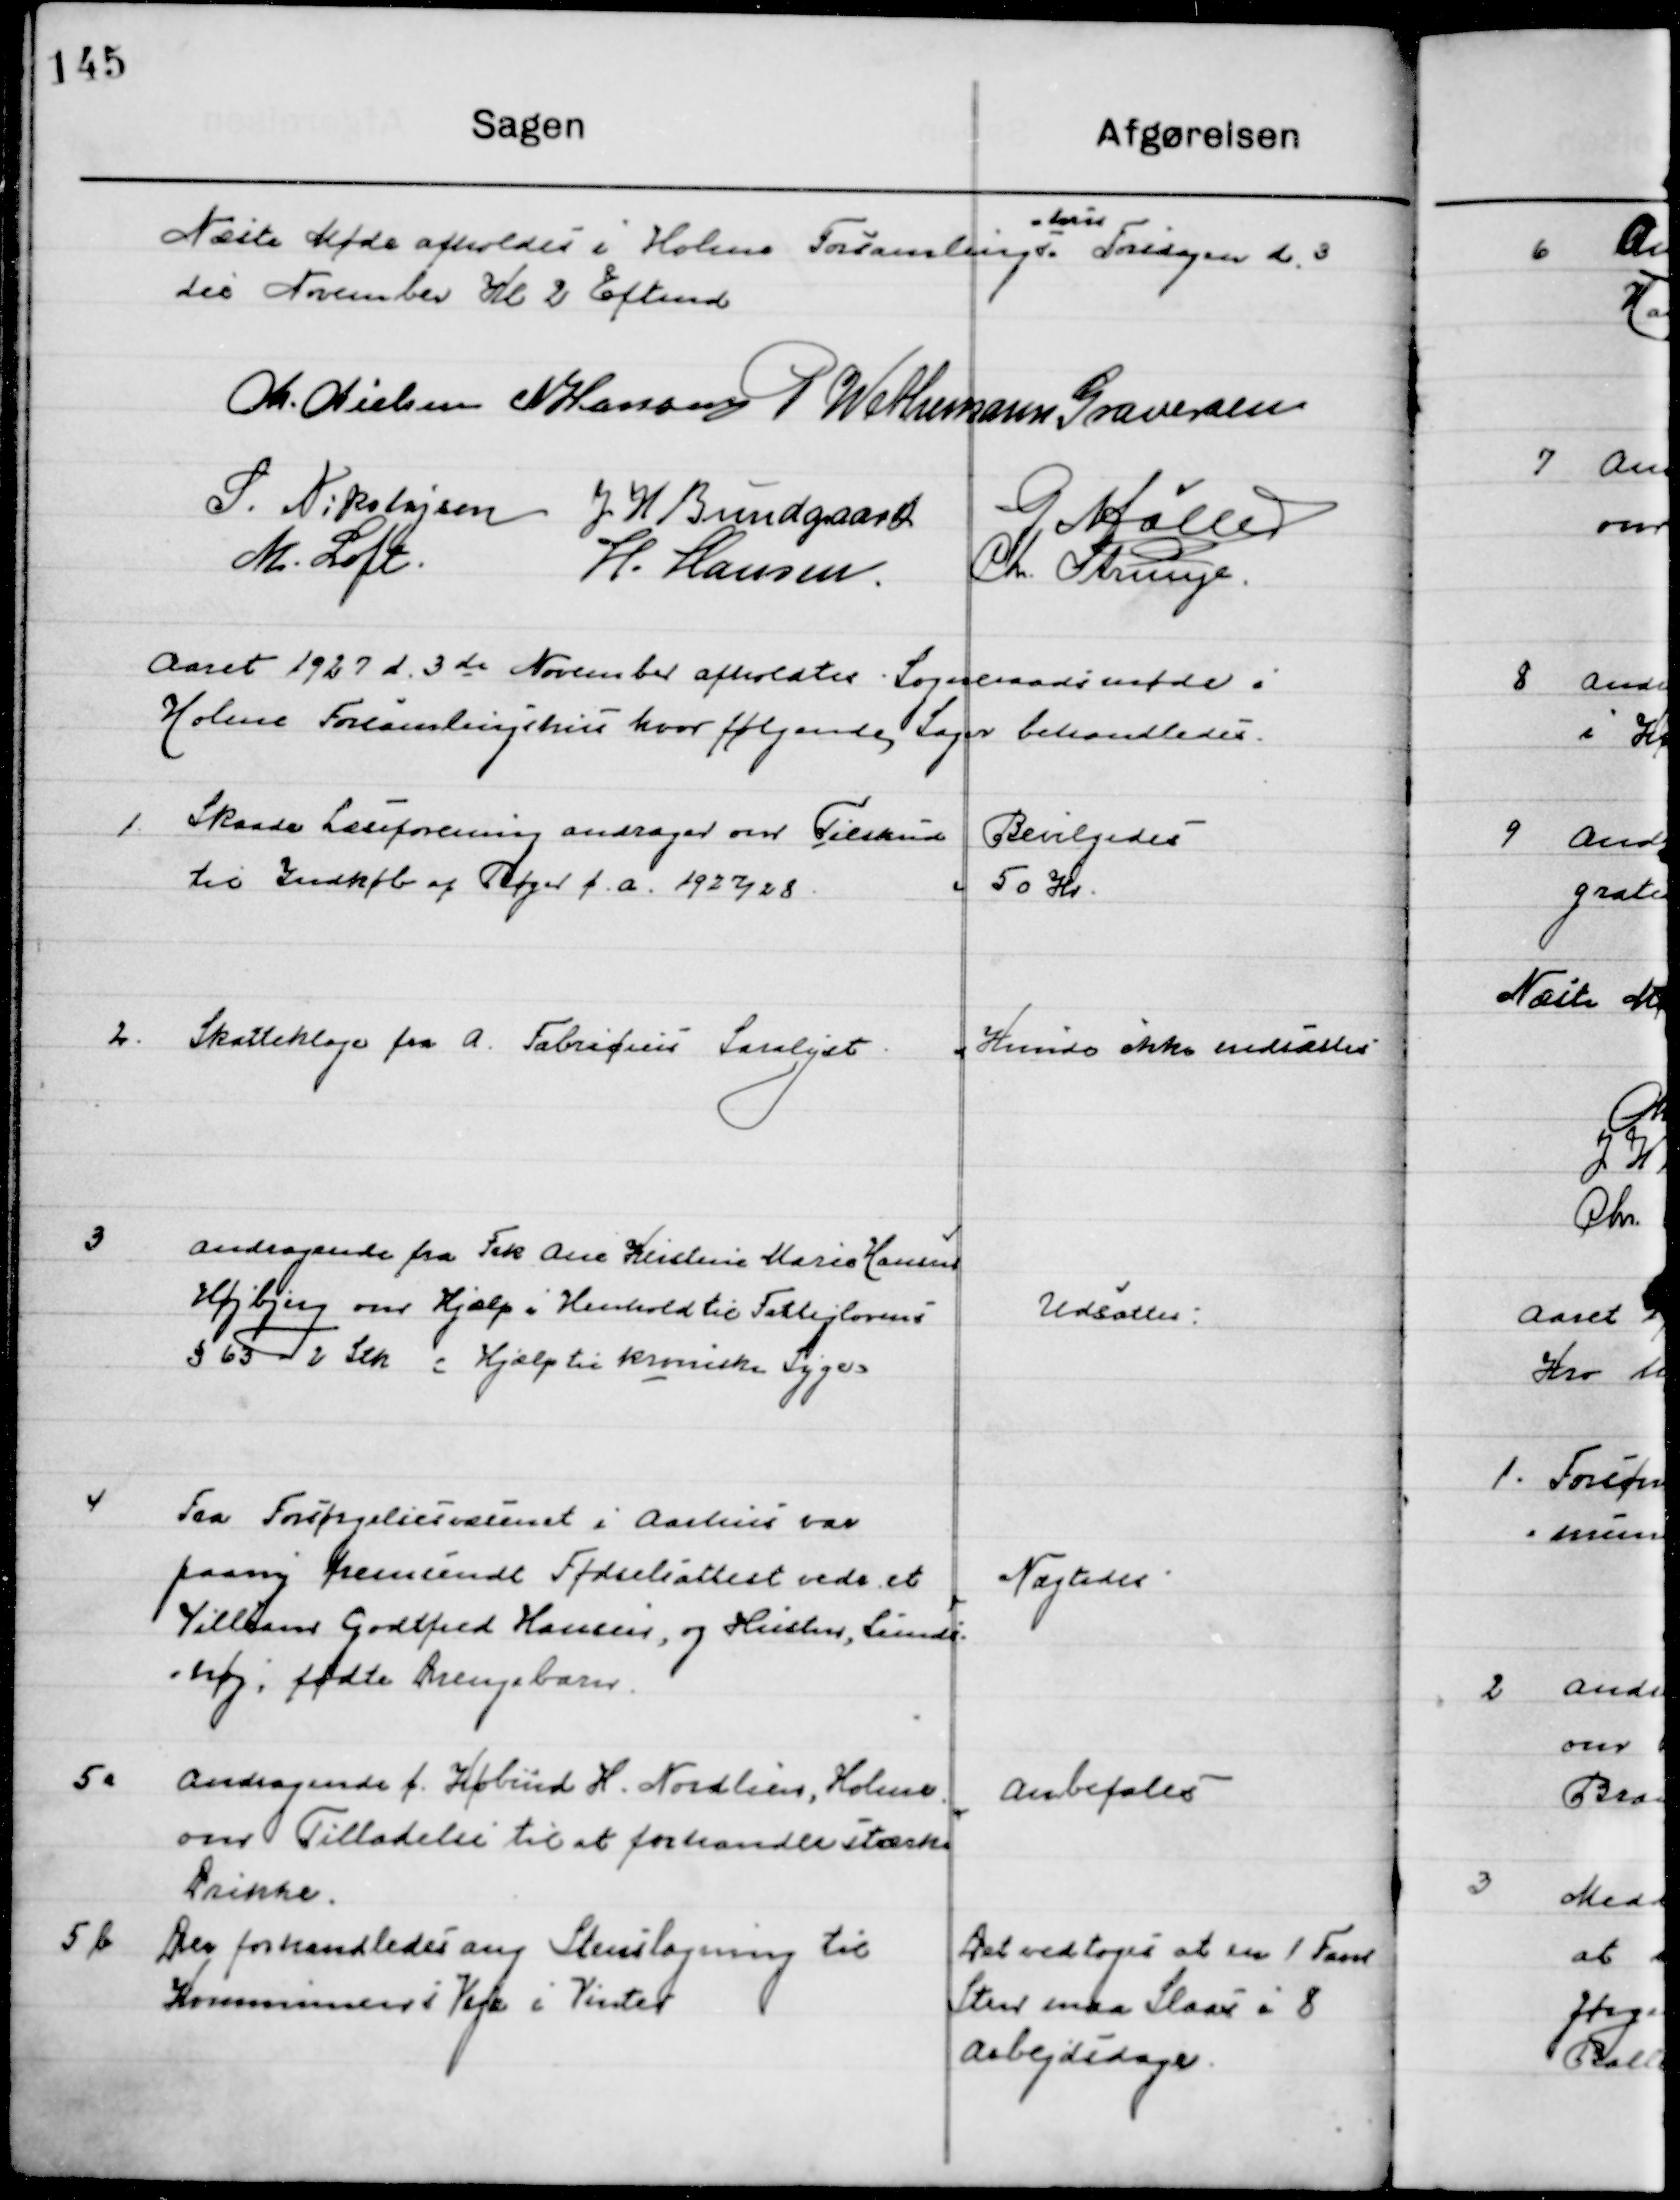
Transskription:
Næste Møde afholdes i Holme Forsamlings-
hus 
Torsdag d. 3
die November Kl. 2 Eftemd.

M. Nielsen
N. Hansen
P. Wethemann Graversen
S. Nikolajsen
J. H. Bundgaard
G. Møller
M. Loft
H. Hansen
Chr. Strunge

Aaret 1927 d. 3 November afholdtes Sogneraadsmøde i 
Holme Forsamlingshus hvor følgende Sager behandledes.

1.

Skaade Læseforening andrage om Tilskud
Til Indkøb af Bøger f. a. 1927/28

Bevilgedes
50 Kr.

2.

Skatteklage fra A. Fabritius Saralyst

Kunne ikke nedsættes

3

Andragende fra Frk. Ane Kirstine Marie Hansen
Højbjerg om Hjælp i Henhold  til fattiglovens
§ 63 - 2 stk. Hjælp til kroniske Syge

Udsættes

4

Fra forsørgelsesvæsenet i Aarhus var
paany fremsendt fødselsattest vedr. et
Villiam Godtfred Hansen, og hustru, Lunds-
høj fødte Drengebarn.

Nægtedes

5 a

Andragende fra Købmd. H. Nordliens Holme
om Tilladelse til at forhandle stærke
Drikke.

Anbefales

5 b

Der forhandledes ang. Stenslagning til 
Kommunens Veje i Vinter

Det vedtoges at en Favn
Sten maa Slaas i 8
Arbejdsdage